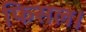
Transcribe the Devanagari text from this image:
फिसल।